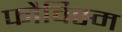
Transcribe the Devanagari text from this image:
फौविस्म